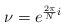
\begin{align*}\nu=e^{\frac{2\pi }{N}i}\end{align*}